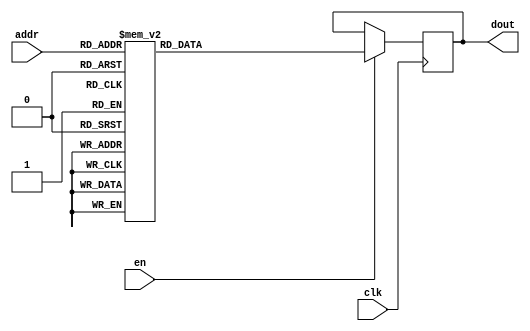
`timescale 1ns / 1ps
/*
Copyright
All right reserved.
Module Name: rom_syn
Author  : Zichuan Liu, Yixing Li and Wenye Liu.
Description:
A synthesized ROM: ROM_DEP x ROM_WID
*/
module EC_1_REF_ROM_8(
// inputs
clk,
en,
addr,
// outputs
dout
);
localparam ROM_WID = 12;
localparam ROM_DEP = 32;
localparam ROM_ADDR = 5;
// input definition
input clk;
input en;
input [ROM_ADDR-1:0] addr;
// output definition
output [ROM_WID-1:0] dout;
reg [ROM_WID-1:0] data;
always @(posedge clk)
begin
if (en) begin
case(addr)
		5'd0: data <= 12'b010001110101;
		5'd1: data <= 12'b010000110111;
		5'd2: data <= 12'b010011011000;
		5'd3: data <= 12'b010010110110;
		5'd4: data <= 12'b010000101101;
		5'd5: data <= 12'b010001110000;
		5'd6: data <= 12'b010011010111;
		5'd7: data <= 12'b010001110110;
		5'd8: data <= 12'b010010101110;
		5'd9: data <= 12'b010010111010;
		5'd10: data <= 12'b010011000001;
		5'd11: data <= 12'b010000100111;
		5'd12: data <= 12'b010011000110;
		5'd13: data <= 12'b010010110110;
		5'd14: data <= 12'b010010001110;
		5'd15: data <= 12'b010001001000;
		5'd16: data <= 12'b010000110011;
		5'd17: data <= 12'b010000111101;
		5'd18: data <= 12'b010011001001;
		5'd19: data <= 12'b010010111101;
		5'd20: data <= 12'b010010101011;
		5'd21: data <= 12'b010011011010;
		5'd22: data <= 12'b010011011010;
		5'd23: data <= 12'b010010101101;
		5'd24: data <= 12'b010010011010;
		5'd25: data <= 12'b010010110111;
		5'd26: data <= 12'b010011100000;
		5'd27: data <= 12'b010001000011;
		5'd28: data <= 12'b010000000111;
		5'd29: data <= 12'b010000111101;
		5'd30: data <= 12'b010011000100;
		5'd31: data <= 12'b010010100010;
		endcase
		end
	end
	assign dout = data;
endmodule